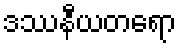
ဒဿနီယတရော